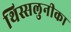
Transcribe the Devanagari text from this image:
थिस्सलुनीका